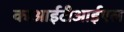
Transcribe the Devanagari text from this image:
काआईटीआईएल